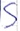
Text: S